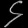
Digit: ၄